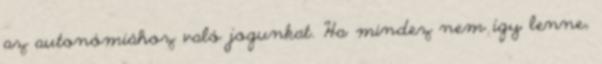
az autonómiához való jogunkat. Ha mindez nem így lenne,